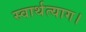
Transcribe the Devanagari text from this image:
स्वार्थत्याग।